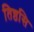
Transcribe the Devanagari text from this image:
तिष्ठसि